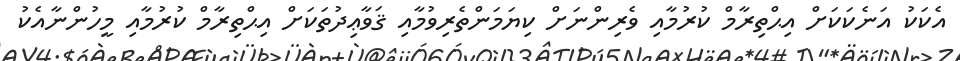
އެކަކު އަނެކަކަށް އިޙްތިރާމް ކުރުމާއި ވެރިންނަށް ކިޔަމަންތެރިވުމާއި ޤަވާޢިދުތަކަށް އިޙްތިރާމް ކުރުމާއި މީހުންނާއެކު